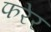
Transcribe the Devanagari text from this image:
फरेर